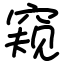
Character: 窥